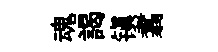
魂謁镇翥